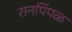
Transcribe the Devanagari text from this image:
रानपिंपळ